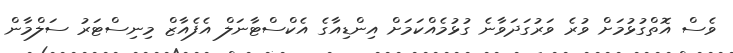
ވެސް އޮތްގުޅުމަށް ވުރެ ވަރުގަދަވާނެ ގުޅުމެއްކަމަށް އިންޑިއާގެ އެކްސްޓާނަލް އެފެއާޒް މިނިސްޓަރު ސަލްމާން